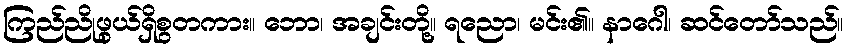
ကြည်ညိုဖွယ်ရှိစွတကား။ ဘော၊ အချင်းတို့။ ရညော၊ မင်း၏။ နာဂေါ၊ ဆင်တော်သည်။